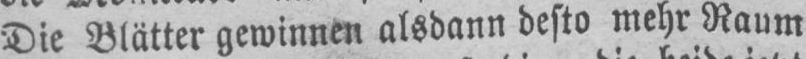
Die Blätter gewinnen alsdann desto mehr Raum